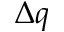
\Delta q